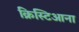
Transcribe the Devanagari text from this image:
क्रिस्टिआना